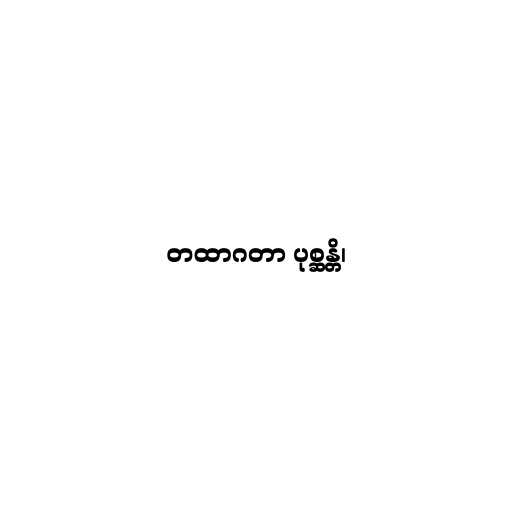
တထာဂတာ ပုစ္ဆန္တိ၊